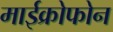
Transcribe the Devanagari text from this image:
माईक्रोफोन